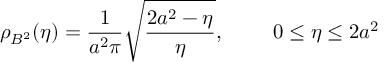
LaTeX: \rho _ { B ^ { 2 } } ( \eta ) = \frac { 1 } { a ^ { 2 } \pi } \sqrt { \frac { 2 a ^ { 2 } - \eta } { \eta } } , \ \ \ \ \ \ \ 0 \le \eta \le 2 a ^ { 2 }